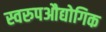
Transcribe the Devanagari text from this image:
स्वरुपऔद्योगिक